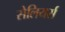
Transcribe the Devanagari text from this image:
सेलियर्स